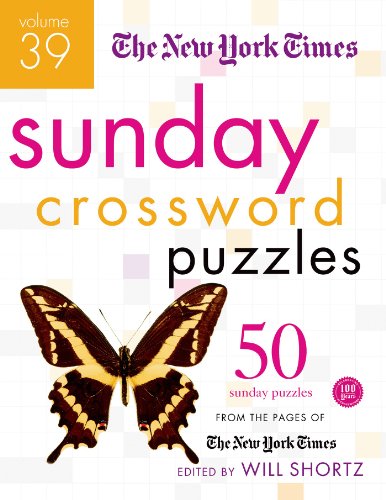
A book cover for The New York Times Sunday Crossword Puzzles Volume 39: 50 Sunday Puzzles from the Pages of The New York Times; The New York Times; Humor & Entertainment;